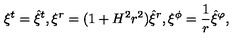
\xi ^ { t } = \hat { \xi } ^ { t } , \xi ^ { r } = ( 1 + H ^ { 2 } r ^ { 2 } ) \hat { \xi } ^ { r } , \xi ^ { \phi } = \frac { 1 } { r } \hat { \xi } ^ { \varphi } ,